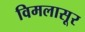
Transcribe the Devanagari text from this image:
विमलासूर